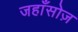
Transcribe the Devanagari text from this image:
जहाँसोज़